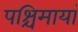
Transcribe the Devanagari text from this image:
पश्चिमायां